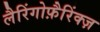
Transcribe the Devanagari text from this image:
लैरिंगोफ़ैरिंक्ज़